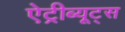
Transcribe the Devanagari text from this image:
ऐट्रीब्यूट्स